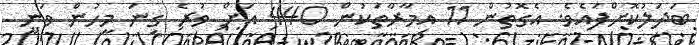
ބަދަލުކޮށްފައެވެ. އެގޮތުން 11 އިމާރާތަކުން 440 އަށް ވުރެ ގިނަ މީހުން ވަނީ